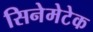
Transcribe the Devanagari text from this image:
सिनेमेटेक